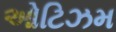
ઓટિઝમ